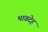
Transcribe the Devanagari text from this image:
भावदेह